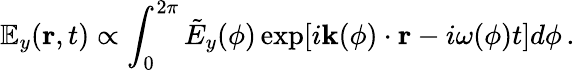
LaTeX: {\mathbb E}_{y}({\mathbf r},t)\propto\int_{0}^{2\pi}\tilde{E}_{y}(\phi)\exp\! \left[i{\mathbf k}(\phi)\cdot{\mathbf r}-i\omega(\phi)t\right]d\phi\, .